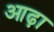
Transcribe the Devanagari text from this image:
आढ़ा